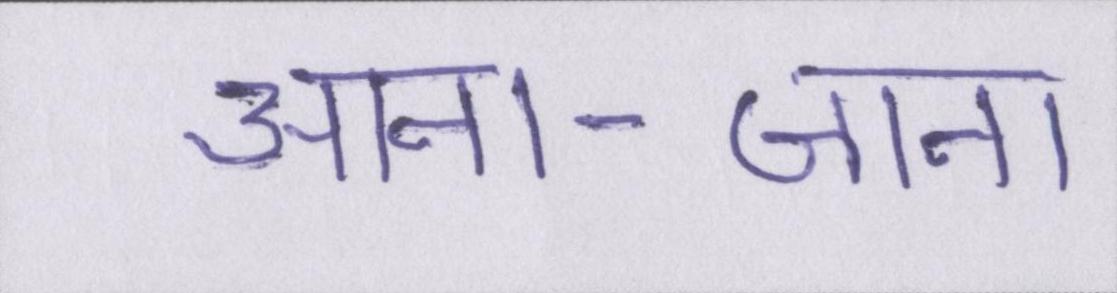
आना-जाना